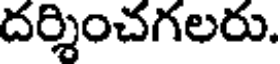
దర్శించగలరు.